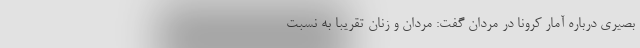
بصیری درباره آمار کرونا در مردان گفت: مردان و زنان تقریباً به نسبت